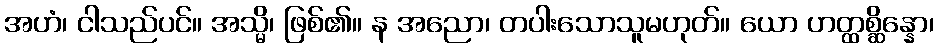
အဟံ၊ ငါသည်ပင်။ အသ္မိ၊ ဖြစ်၏။ န အညော၊ တပါးသောသူမဟုတ်။ ယော ဟတ္ထစ္ဆိန္နော၊